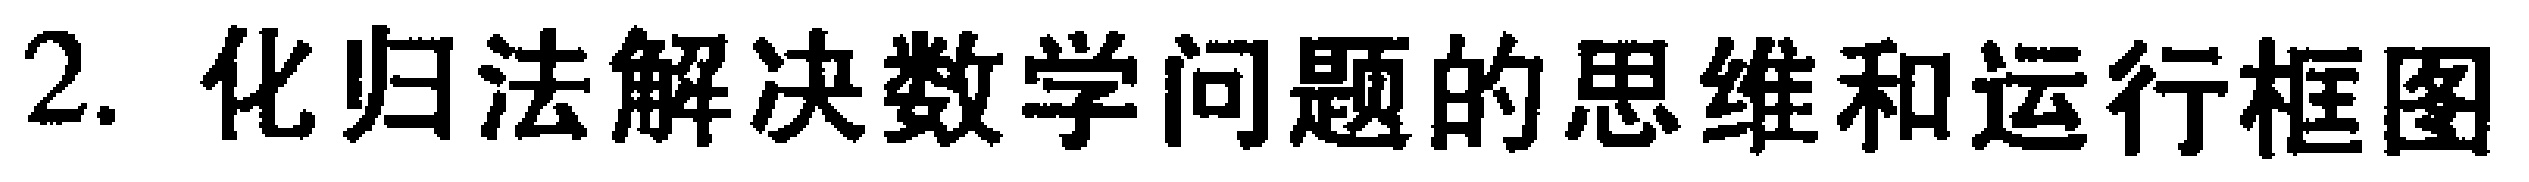
2. 化归法解决数学问题的思维和运行框图